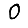
Digit: 0